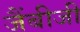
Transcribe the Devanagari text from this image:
जैंबीजी